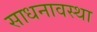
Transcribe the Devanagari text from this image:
साधनावस्था